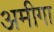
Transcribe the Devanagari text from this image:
अमीगा